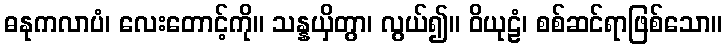
ဓနုကလာပံ၊ လေးတောင့်ကို။ သန္နယှိတွာ၊ လွယ်၍။ ဝိယုဠံ၊ စစ်ဆင်ရာဖြစ်သော။